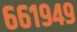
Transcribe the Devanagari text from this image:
६६१९४९